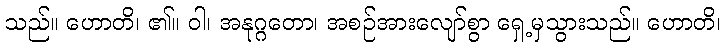
သည်။ ဟောတိ၊ ၏။ ဝါ၊ အနုဂ္ဂတော၊ အစဉ်အားလျော်စွာ ရှေ့မှသွားသည်။ ဟောတိ၊